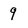
Character: 9